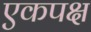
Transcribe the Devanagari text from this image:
एकपक्ष